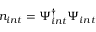
n _ { i n t } = \Psi _ { i n t } ^ { \dag } \Psi _ { i n t }